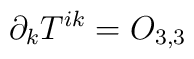
\partial _{k}T^{ik}=O_{3,3}